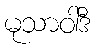
မုသာဝါဒီ